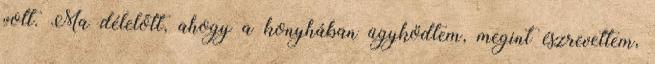
volt. Ma délelőtt, ahogy a konyhában ügyködtem, megint észrevettem,